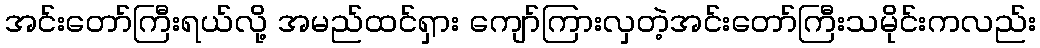
အင်းတော်ကြီးရယ်လို့ အမည်ထင်ရှား ကျော်ကြားလှတဲ့အင်းတော်ကြီးသမိုင်းကလည်း